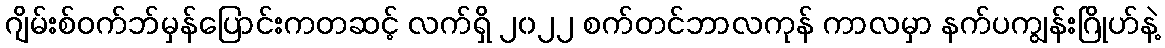
ဂျိမ်းစ်ဝက်ဘ်မှန်ပြောင်းကတဆင့် လက်ရှိ ၂၀၂၂ စက်တင်ဘာလကုန် ကာလမှာ နက်ပကျွန်းဂြိုဟ်နဲ့